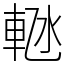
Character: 𬧴